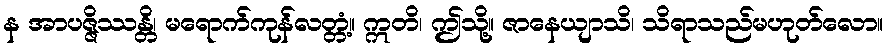
န အာပဇ္ဇိဿန္တိ၊ မရောက်ကုန်လတ္တံ့။ ဣတိ၊ ဤသို့။ ဇာနေယျာသိ၊ သိရာသည်မဟုတ်လော။